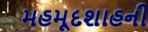
મહમૂદશાહની